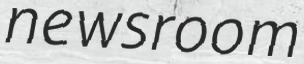
newsroom